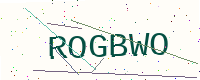
Text: ROGBWO